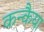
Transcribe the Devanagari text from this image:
कन्कैया